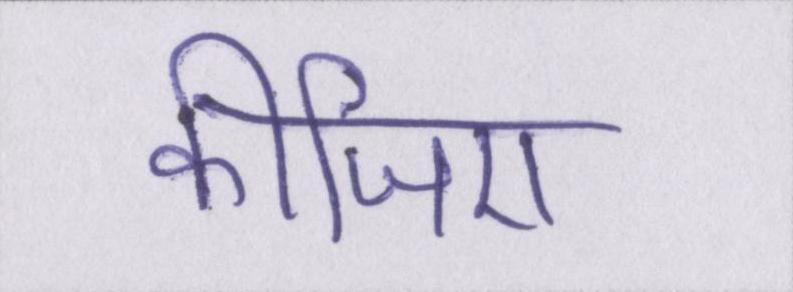
कीजिए